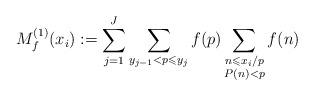
LaTeX: \begin{align*} M_f^{(1)}(x_i):=\sum_{j=1}^J \sum_{y_{j-1} < p \leqslant y_j} f(p) \sum_{\substack{ n\leqslant x_i/p\\ P(n) < p}} f(n)\end{align*}